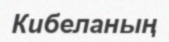
Кибеланың